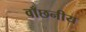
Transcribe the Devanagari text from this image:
वाँछनीय